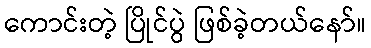
ကောင်းတဲ့ ပြိုင်ပွဲ ဖြစ်ခဲ့တယ်နော်။